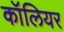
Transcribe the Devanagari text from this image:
कॉलियर